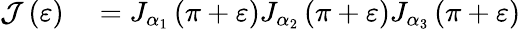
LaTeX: \begin{array}{rl}{\mathcal{J}\left(\varepsilon\right)}&{{}=J_{\alpha_{1}}\left(\pi+\varepsilon\right)J_{\alpha_{2}}\left(\pi+\varepsilon\right)J_{\alpha_{3}}\left(\pi+\varepsilon\right)}\end{array}